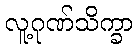
လူ့ဂုဏ်သိက္ခာ